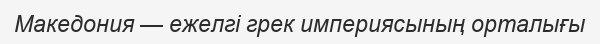
Македония — ежелгі грек империясының орталығы